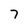
Character: 7